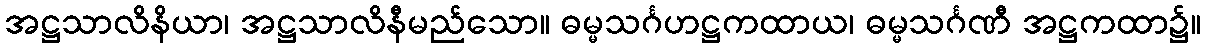
အဋ္ဌသာလိနိယာ၊ အဋ္ဌသာလိနီမည်သော။ ဓမ္မသင်္ဂဟဋ္ဌကထာယ၊ ဓမ္မသင်္ဂဏီ အဋ္ဌကထာ၌။